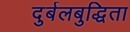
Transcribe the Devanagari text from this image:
दुर्बलबुद्धिता